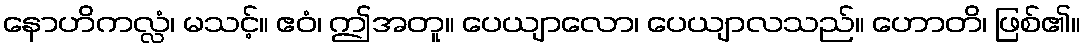
နောဟိကလ္လံ၊ မသင့်။ ဧဝံ၊ ဤအတူ။ ပေယျာလော၊ ပေယျာလသည်။ ဟောတိ၊ ဖြစ်၏။